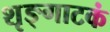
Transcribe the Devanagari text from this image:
शृङ्गाटकं